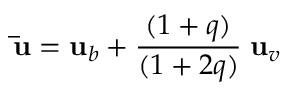
\mathbf { \bar { u } } = \mathbf u _ { b } + \frac { ( 1 + q ) } { ( 1 + 2 q ) } \; \mathbf u _ { v }